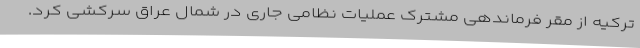
ترکیه از مقر فرماندهی مشترک عملیات نظامی جاری در شمال عراق سرکشی کرد.